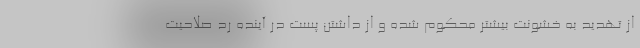
از تهدید به خشونت بیشتر محکوم شده و از داشتن پست در آینده رد صلاحیت